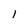
Character: I